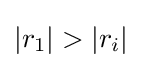
|r_{1}|>|r_{i}|